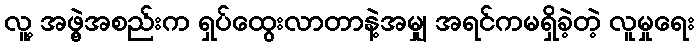
လူ့ အဖွဲ့အစည်းက ရှပ်ထွေးလာတာနဲ့အမျှ အရင်ကမရှိခဲ့တဲ့ လူမှုရေး